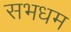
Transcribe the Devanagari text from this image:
सभधम